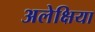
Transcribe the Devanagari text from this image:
अलेक्षिया